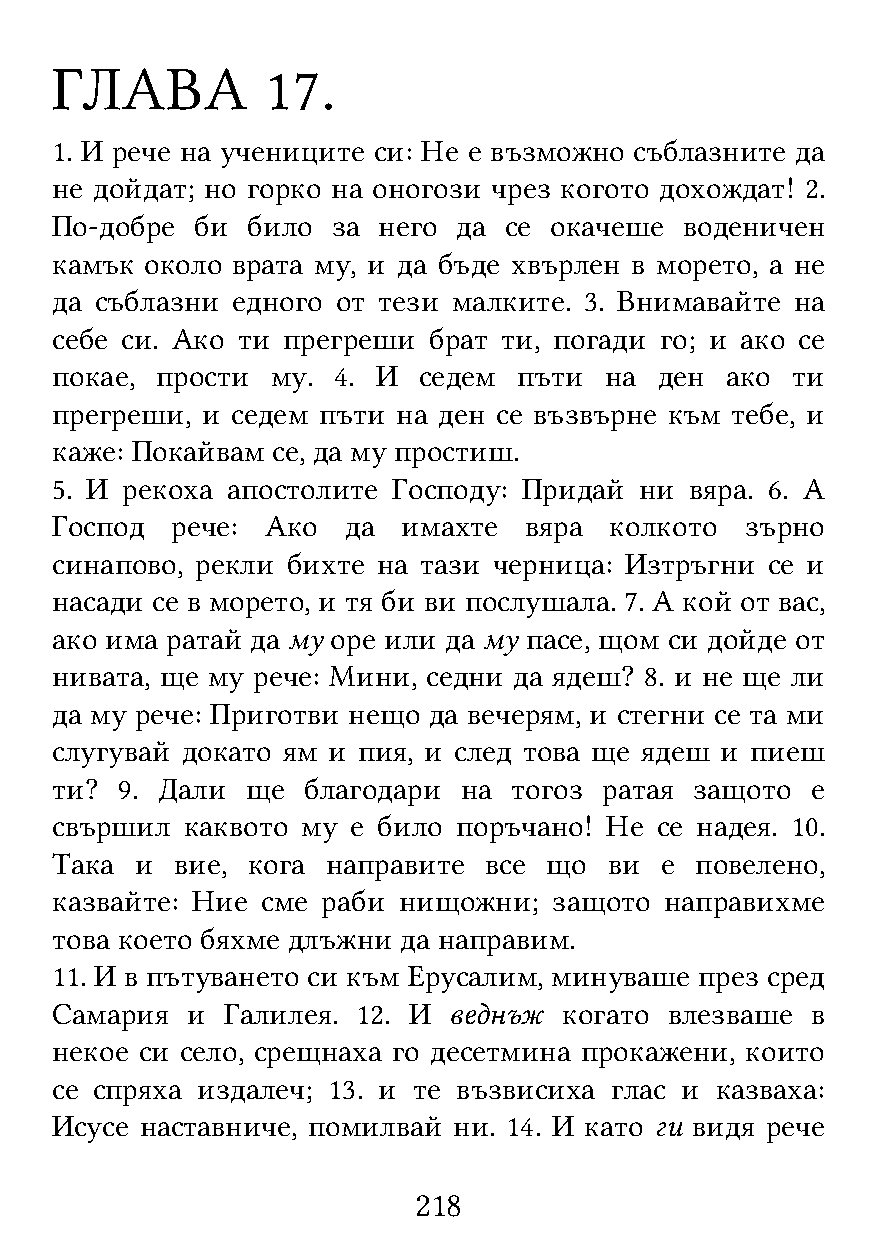
ГЛАВА          17.
 1. И рече на учениците си: Не е възможно съблазните да
 не дойдат; но горко на оногози чрез когото дохождат! 2.
 По-добре  би било  за него да сe окачеше  воденичен
 камък  около врата му, и да бъде хвърлен в морето, а не
 да съблазни едного от тези малките. 3. Внимавайте на
 себе си. Ако ти прегреши брат ти, погади го; и ако се
 покае, прости  му. 4. И  седем пъти  на  ден ако ти
 прегреши, и седем пъти на ден се възвърне към тебе, и
 каже: Покайвам се, да му простиш.
 5. И рекоха апостолите Господу: Придай ни  вяра. 6. А
 Господ  рече:  Ако  да  имахте  вяра колкото  зърно
 синапово, рекли бихте на тази черница: Изтръгни се и
 насади се в морето, и тя би ви послушала. 7. А кой от вас,
 ако има ратай да му оре или да му пасе, щом си дойде от
 нивата, ще му рече: Мини, седни да ядеш? 8. и не ще ли
 да му рече: Приготви нещо да вечерям, и стегни се та ми
 слугувай докато ям и пия, и след това ще ядеш и пиеш
 ти?  9. Дали ще  благодари на  тогоз ратая защото  е
 свършил  каквото му е било поръчано! Не се надея. 10.
 Така  и  вие, кога направите все що  ви  е повелено,
 казвайте: Ние сме раби нищожни;   защото направихме
 това което бяхме длъжни да направим.
 11. И в пътуването си към Ерусалим, минуваше през сред
 Самария  и  Галилея. 12. И веднъж когато влезваше  в
 некое си село, срещнаха го десетмина прокажени, които
 се спряха издалеч; 13. и те възвисиха глас и казваха:
 Исусе наставниче, помилвай ни. 14. И като ги видя рече
 218